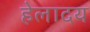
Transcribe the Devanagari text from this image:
हेलादय